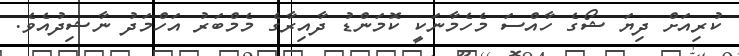
ކުރިއަށް ދިޔަ ޝޯގެ ހާއްސަ މެހެމާނަކީ ކޮމަންޑު ދާއިރާގެ މެމްބަރު އަހްމަދު ނާޝިދުއެވެ.